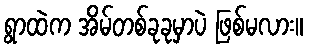
ရွာထဲက အိမ်တစ်ခုခုမှာပဲ ဖြစ်မလား။